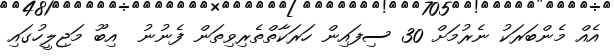
އެއް މެންބަރަކު ނެރުމަށް 30 ސިފައިން ހަރަކާތްތެރިވިތަން ފެނުނު  އިބޫ މަޖިލީހުގައި